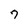
Character: 7